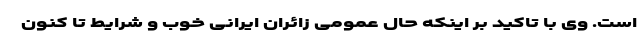
است. وی با تاکید بر اینکه حال عمومی زائران ایرانی خوب و شرایط تا کنون